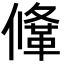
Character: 鞗